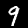
Digit: 9